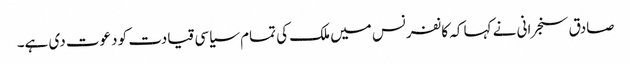
صادق سنجرانی نے کہا کہ کانفرنس میں ملک کی تمام سیاسی قیادت کو دعوت دی ہے۔